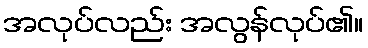
အလုပ်လည်း အလွန်လုပ်၏။